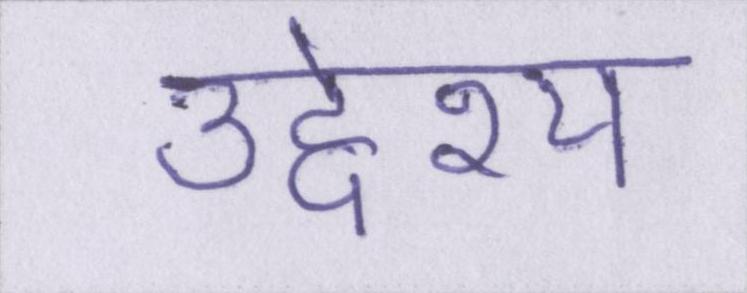
उद्देश्य